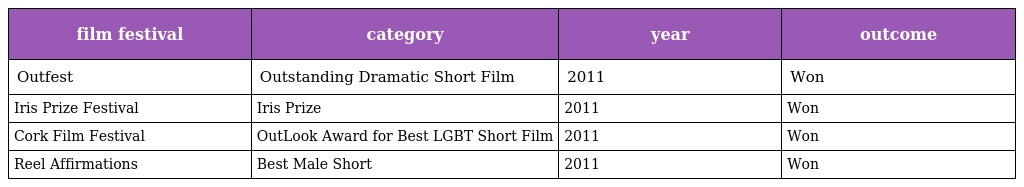
| film festival | category | year | outcome |
 | --- | --- | --- | --- |
 | Outfest | Outstanding Dramatic Short Film | 2011 | Won |
 | Iris Prize Festival | Iris Prize | 2011 | Won |
 | Cork Film Festival | OutLook Award for Best LGBT Short Film | 2011 | Won |
 | Reel Affirmations | Best Male Short | 2011 | Won |